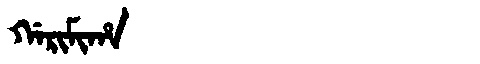
Manchu: ᡤᠠᡵᡳᠮᡳᡥᠠ
Romanization: GARIMIHA